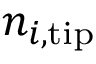
n _ { i , \mathrm { t i p } }